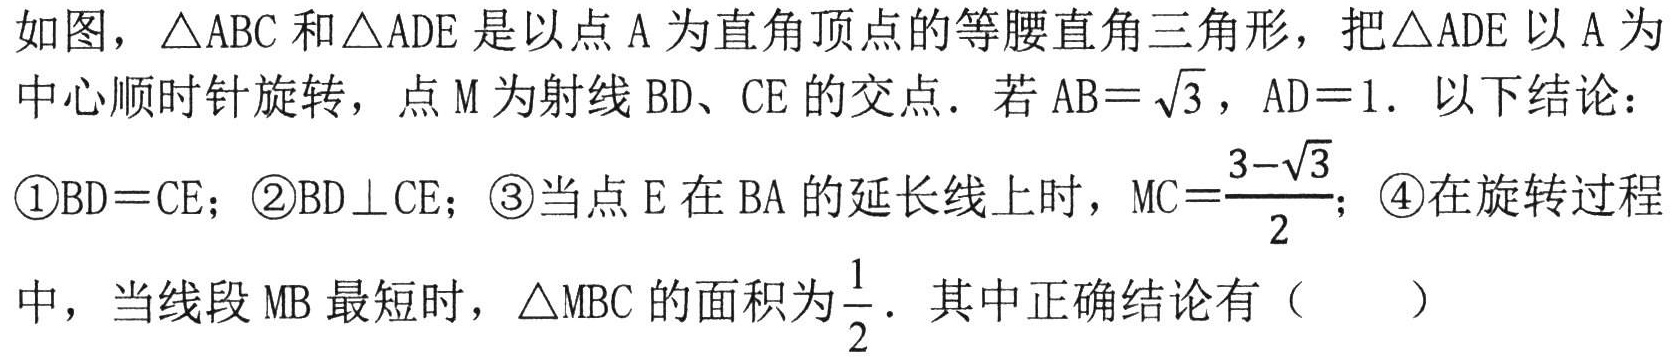
如图，\(\triangle ABC\)和\(\triangle ADE\)是以点\(A\)为直角顶点的等腰直角三角形，把\(\triangle ADE\)以\(A\)为中心顺时针旋转，点\(M\)为射线\(BD\)、\(CE\)的交点．若\(AB = \sqrt{3}\)，\(AD = 1\)．以下结论：
\textcircled{1}\(BD = CE\)；\textcircled{2}\(BD\perp CE\)；\textcircled{3}当点\(E\)在\(BA\)的延长线上时，\(MC=\frac{3 - \sqrt{3}}{2}\)；\textcircled{4}在旋转过程中，当线段\(MB\)最短时，\(\triangle MBC\)的面积为\(\frac{1}{2}\)．其中正确结论有（  ）